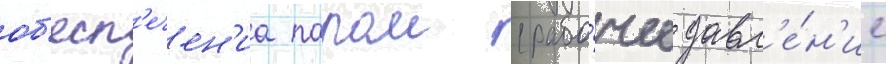
об'есп'ечен'иа паром (рабо́чее давл'е́н'ие